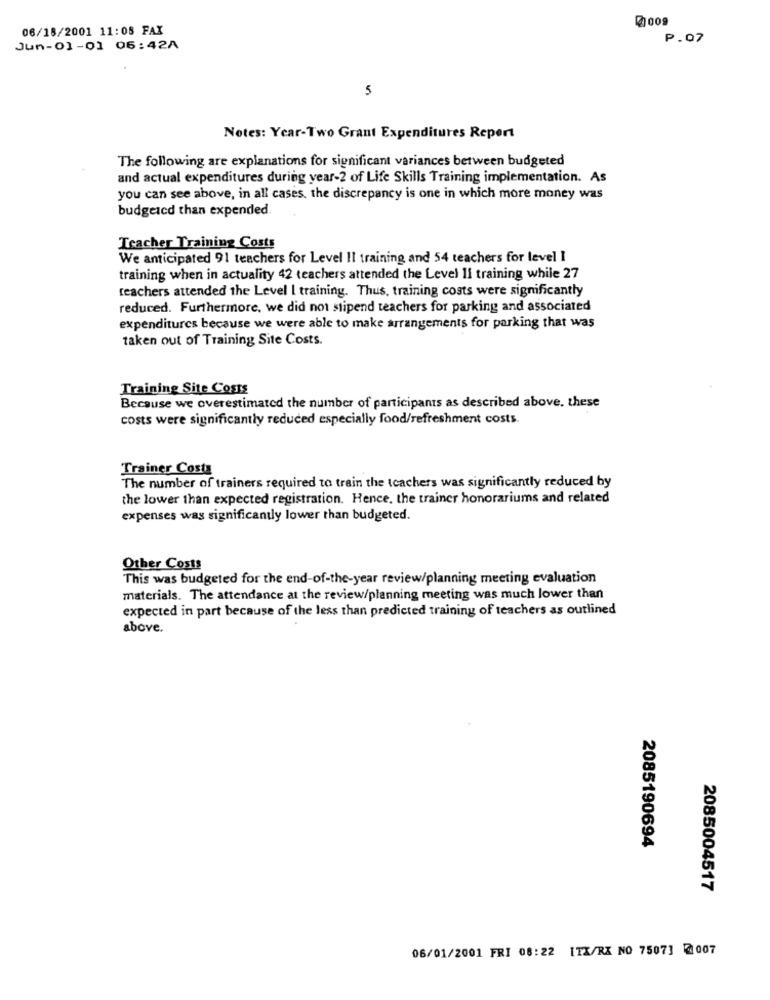
@009
06/18/2001 11:08 FAX
P.07
Jun-01-01 06:42A
5
Notes: Year-Two Grant Expenditures Report
The following are explanations for significant variances between budgeted
and actual expenditures during year-2 of Life Skills Training implementation. As
you can see above, in all cases, the discrepancy is one in which more money was
budgetcd than expended.
Teacher Training Costs
We anticipated 91 teachers for Level Il training and 54 teachers for level I
training when in actuality 42 teachers attended the Level 1l training while 27
teachers attended the Level I training. Thus, training costs were significantly
reduced. Furthermore, we did not stipend teachers for parking and associated
expenditures because we were able to make arrangements for parking that was
taken out of Training Site Costs.
Training Site Costs
Because we overestimated the number of participants as described above. these
costs were significantly reduced especially food/refreshment costs.
Trainer Costs
The number of trainers required to train the teachers was significantly reduced by
the lower than expected registration. Hence, the trainer honorariums and related
expenses was significantly lower than budgeted.
Other Costs
This was budgeted for the end-of-the-year review/planning meeting evaluation
materials. The attendance at the review/planning meeting was much lower than
expected in part because of the less than predicted training of teachers as outlined
above.
2085190694
2085004517
06/01/2001 FRI 08:22 ITX/RX NO 7507] 2007